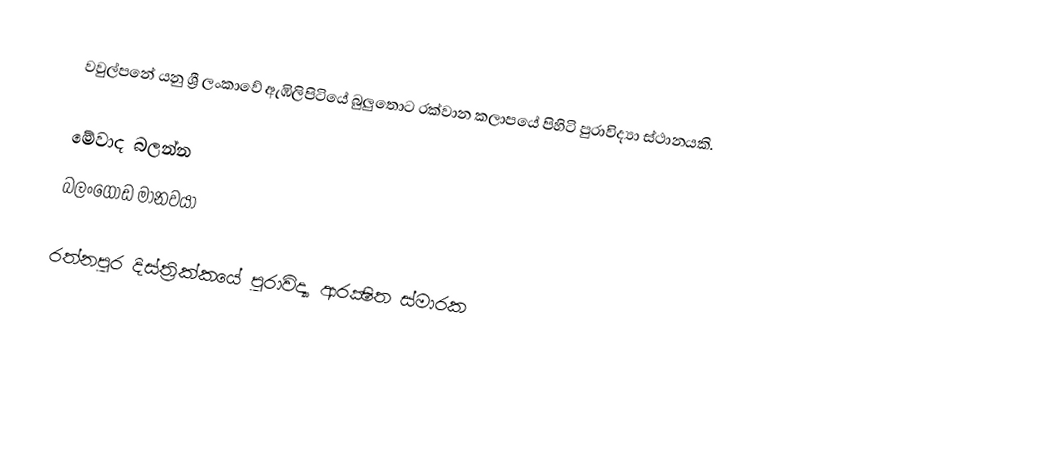
වවුල්පනේ යනු ශ්‍රී ලංකාවේ ඇඹිලිපිටියේ බුලුතොට රක්වාන කලාපයේ පිහිටි පුරාවිද්‍යා ස්ථානයකි.

මේවාද බලන්න
 බලං‌ගොඩ මානවයා

රත්නපුර දිස්ත්‍රික්කයේ පුරාවිද්‍යා ආරක්‍ෂිත ස්මාරක